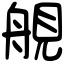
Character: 䚀